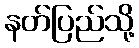
နတ်ပြည်သို့